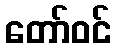
တော်ဝင်